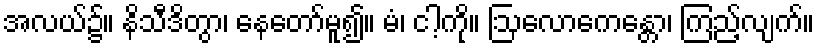
အလယ်၌။ နိသီဒိတွာ၊ နေတော်မူ၍။ မံ၊ ငါ့ကို။ ဩလောကေန္တော၊ ကြည့်လျက်။